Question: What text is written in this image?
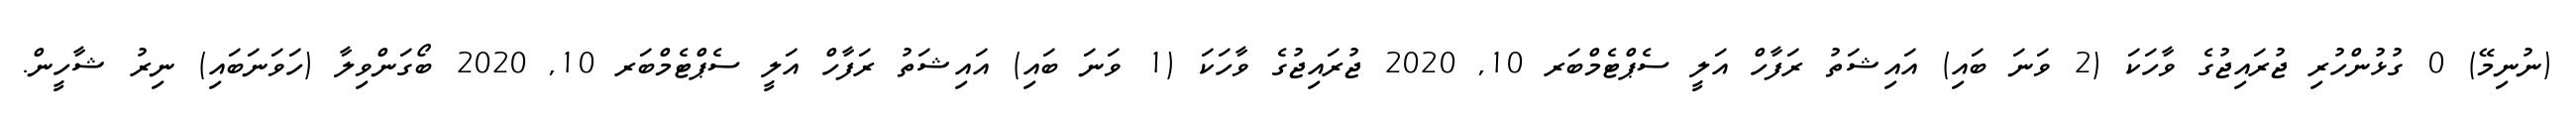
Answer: (ނުނިމޭ) 0 ގުޅުންހުރި ޖުރައިޖުގެ ވާހަކަ (2 ވަނަ ބައި) އައިޝަތު ރަފާހް އަލީ ސެޕްޓެމްބަރ 10, 2020 ޖުރައިޖުގެ ވާހަކަ (1 ވަނަ ބައި) އައިޝަތު ރަފާހް އަލީ ސެޕްޓެމްބަރ 10, 2020 ބޯގަންވިލާ (ހަވަނަބައި) ނިރު ޝާހީން.